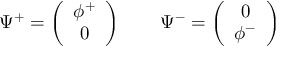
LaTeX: \Psi ^ { + } = \left( \begin{array} { c } { { \phi ^ { + } } } \\ { { 0 } } \end{array} \right) \qquad \Psi ^ { - } = \left( \begin{array} { c } { { 0 } } \\ { { \phi ^ { - } } } \end{array} \right)